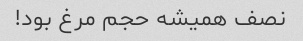
نصف همیشه حجم مرغ بود!